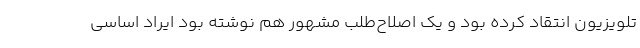
تلویزیون انتقاد کرده بود و یک اصلاح‌طلب مشهور هم نوشته بود ایراد اساسی